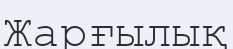
Жарғылық